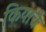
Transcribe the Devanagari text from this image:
कियाचे